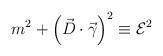
LaTeX: \begin{align*}m^2+\left(\vec{D}\cdot\vec{\gamma}\right)^2\equiv {\cal E}^2\end{align*}